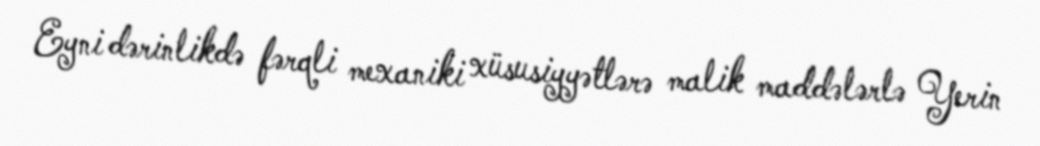
Eyni dərinlikdə fərqli mexaniki xüsusiyyətlərə malik maddələrlə Yerin